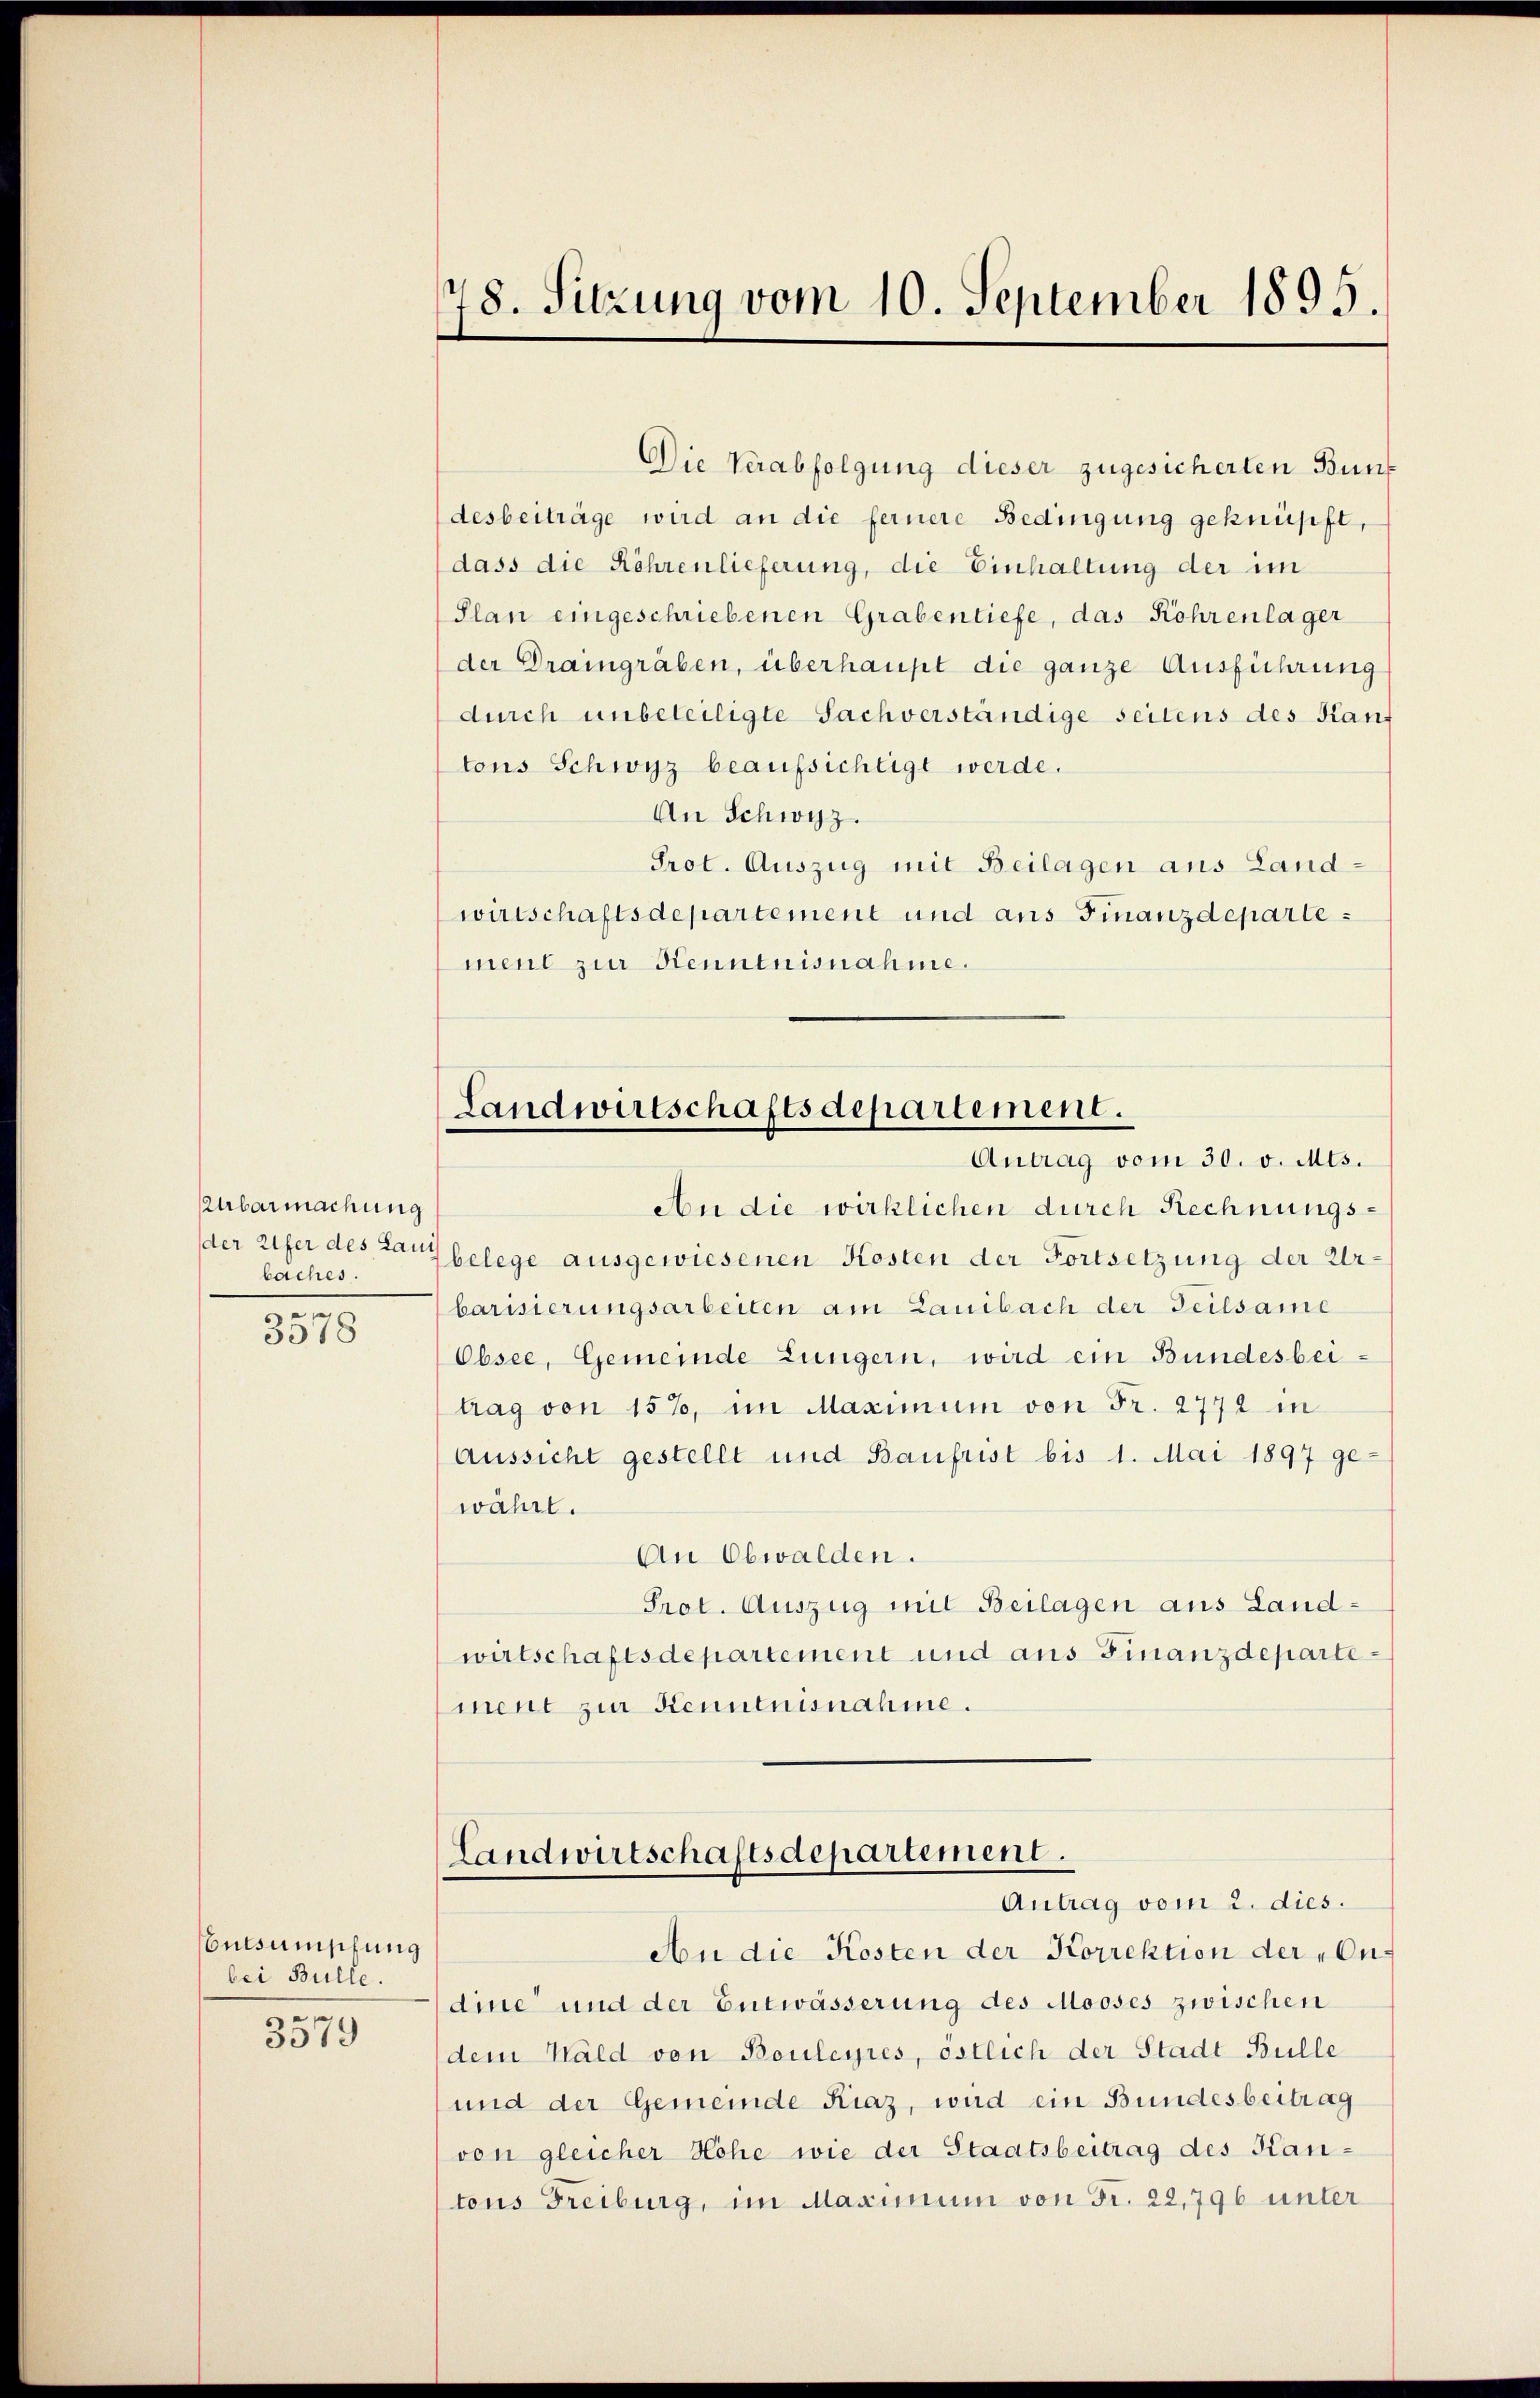
Aubarmachung
baches.
e

3918

Entsumschung
bei Bulle.
ge
5019

148. Sitzung vom 10. September 1895.

Die Verabfolgung dieser zugesicherten Bundesbeiträge wird an die fernere Bedingung geknüpft,
dass die Röhrenlieferung, die Einhaltung der im
Plan eingeschriebenen Grabentiefe, das Rohrenlager
(der Draingräben, überhaupt die ganze Ausführung
durch unbeteiligte Sachverständige seitens des Kauf
tons Schwyz beaufsichtigt werde.
An Schwyz.
Prot. Auszug mit Beilagen aus Landwirtschaftsdepartement und aus Finanzdepartement zur Kenntnisnahme.

Landwirtschaftsdepartement.
Antrag vom 30. v. Mts.

Landwirtschaftsdepartement.
Antrag vom 2. dies.

An die Kosten der Korrektion der „Ondine und der Entwässerung des Mooses zwischen
dem Wald von Bouleyres, östlich der Stadt Bülle
und der Gemeinde Kraz, wird ein Bundesbeitrag
von gleicher Hohe wie der Staatsbeitrag des Kantons Freiburg, im Maximum von Fr. 22,796 unter

An die wirklichen durch Rechnungsder Eifer des Langelege ausgewiesenen Kosten der Fortsetzung der Urbarisierungsarbeiten am Lauibach der Teilsame
Obsee, Gemeinde Lungern, wird ein Bundesbeitrag von 157, im Maximum von Fr. 2772 in
Aussicht gestellt und Baufrist bis 1. Mai 1897 ge-
währt.
An Obwalden.
Prot. Auszug mit Beilagen aus Landwirtschaftsdepartement und aus Finanzdepartement zur Kenntnisnahme.